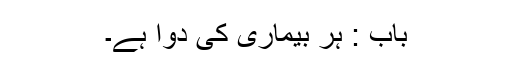
باب : ہر بیماری کی دوا ہے۔